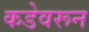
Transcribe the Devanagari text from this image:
कडेवरून